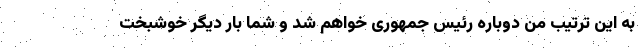
به این ترتیب من دوباره رئیس جمهوری خواهم شد و شما بار دیگر خوشبخت